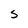
Character: S